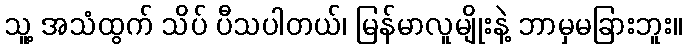
သူ့ အသံထွက် သိပ် ပီသပါတယ်၊ မြန်မာလူမျိုးနဲ့ ဘာမှမခြားဘူး။